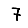
Digit: 7